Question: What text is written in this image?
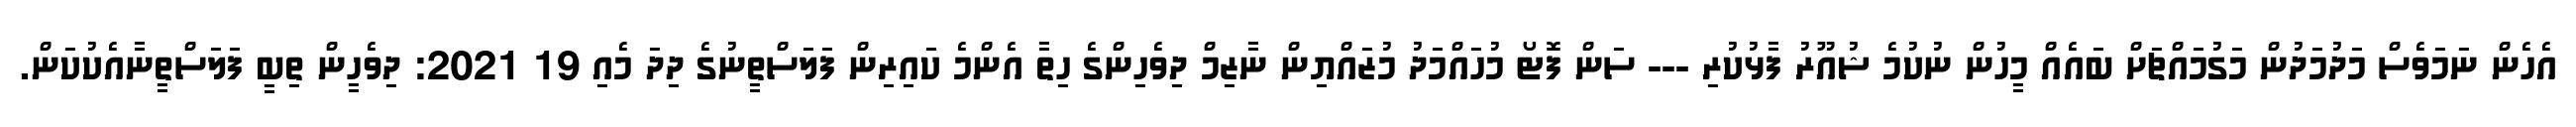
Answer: އެހެން ނަމަވެސް މަދުމަދުން މަގުމައްޗަށް ބައެއް މީހުން ނުކުމެ ޝުއޫރު ފާޅުކުރި --- ސަން ފޮޓޯ މުހައްމަދު މުޒައްޔިން ނާޒިމް ދިވެހިންގެ ހިތާ އެންމެ ކައިރިން ފަލަސްތީނުގެ ދިދަ މެއި 19 2021: ދިވެހީން ތިބީ ފަލަސްތީނާއެކުކަން.